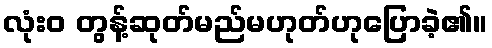
လုံးဝ တွန့်ဆုတ်မည်မဟုတ်ဟုပြောခဲ့၏။